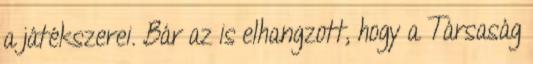
a játékszerei. Bár az is elhangzott, hogy a Társaság